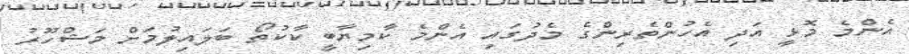
އެންމެ މޮޅީ އަދި އެހުންތެރިންގެ މެދުގައި އެންމެ ކާމިޔާބީ ކާކުތޯ ބަލައިލުމަށް މަޝްހޫރު